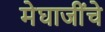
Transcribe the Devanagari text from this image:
मेघाजींचे